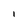
Character: l